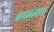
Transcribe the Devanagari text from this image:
पाठांतरास